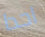
احدا